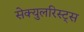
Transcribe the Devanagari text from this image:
सेक्युलरिस्ट्स